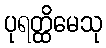
ပုရတ္ထိမေသု